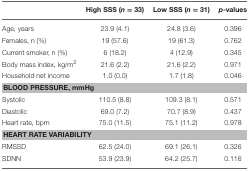
<table><thead><tr><td></td><td><b>High SSS (<i>n</i> = 33)</b></td><td><b>Low SSS (<i>n</i> = 31)</b></td><td><b><i>p</i>-values</b></td></tr></thead><tbody><tr><td>Age, years</td><td>23.9 (4.1)</td><td>24.8 (3.6)</td><td>0.396</td></tr><tr><td>Females, n (%)</td><td>19 (57.6)</td><td>19 (61.3)</td><td>0.762</td></tr><tr><td>Current smoker, n (%)</td><td>6 (18.2)</td><td>4 (12.9)</td><td>0.345</td></tr><tr><td>Body mass index, kg/m<sup>2</sup></td><td>21.6 (2.2)</td><td>21.6 (2.2)</td><td>0.971</td></tr><tr><td>Household net income</td><td>1.0 (0.0)</td><td>1.7 (1.8)</td><td>0.046</td></tr><tr><td colspan="4"><b>BLOOD PRESSURE, mmHg</b></td></tr><tr><td>Systolic</td><td>110.5 (8.8)</td><td>109.3 (8.1)</td><td>0.571</td></tr><tr><td>Diastolic</td><td>69.0 (7.2)</td><td>70.7 (8.9)</td><td>0.437</td></tr><tr><td>Heart rate, bpm</td><td>75.0 (11.5)</td><td>75.1 (11.2)</td><td>0.978</td></tr><tr><td colspan="4"><b>HEART RATE VARIABILITY</b></td></tr><tr><td>RMSSD</td><td>62.5 (24.0)</td><td>69.1 (26.1)</td><td>0.326</td></tr><tr><td>SDNN</td><td>53.9 (23.9)</td><td>64.2 (25.7)</td><td>0.116</td></tr></tbody></table>